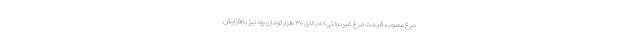
مرغ مصوب، قیمت مرغ غیردولتی که بالای ۳۰ هزار تومان بود نیز با افزایش